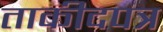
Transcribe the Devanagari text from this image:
ताकीदपत्र